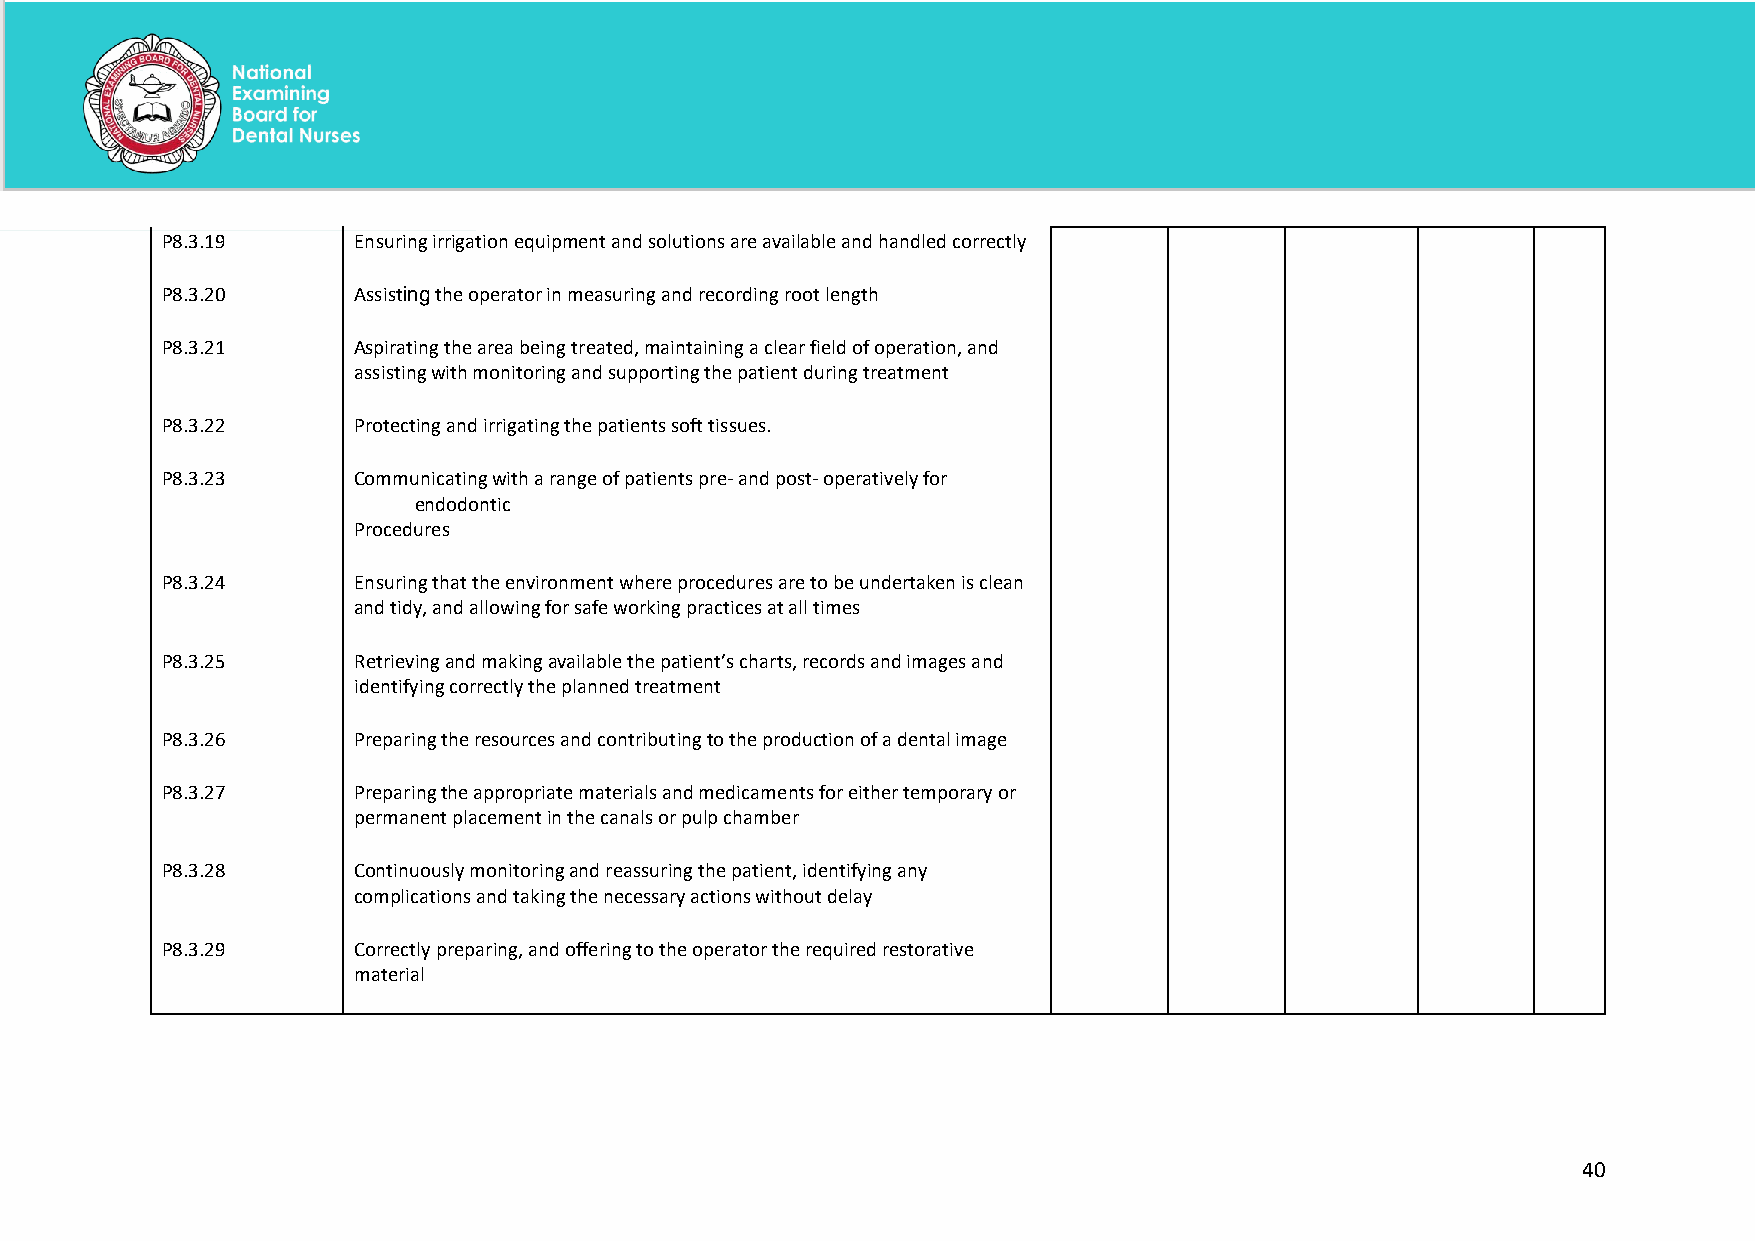
P8.3.19     Ensuring irrigation equipment and solutions are available and handled correctly
 P8.3.20     Assisting the operator in measuring and recording root length
 P8.3.21     Aspirating the area being treated, maintaining a clear field of operation, and
 assisting with monitoring and supporting the patient during treatment
 P8.3.22     Protecting and irrigating the patients soft tissues.
 P8.3.23     Communicating with a range of patients pre- and post- operatively for
 endodontic
 Procedures
 P8.3.24     Ensuring that the environment where procedures are to be undertaken is clean
 and tidy, and allowing for safe working practices at all times
 P8.3.25     Retrieving and making available the patient’s charts, records and images and
 identifying correctly the planned treatment
 P8.3.26     Preparing the resources and contributing to the production of a dental image
 P8.3.27     Preparing the appropriate materials and medicaments for either temporary or
 permanent placement in the canals or pulp chamber
 P8.3.28     Continuously monitoring and reassuring the patient, identifying any
 complications and taking the necessary actions without delay
 P8.3.29     Correctly preparing, and offering to the operator the required restorative
 material
 40
 National Examining Board for Dental Nurses